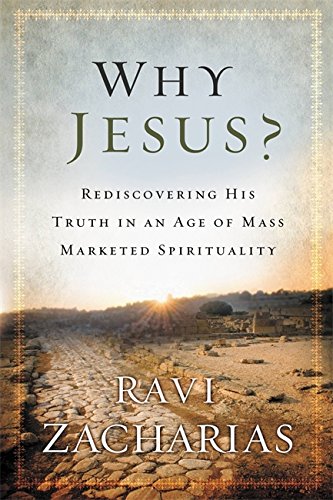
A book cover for Why Jesus?: Rediscovering His Truth in an Age of  Mass Marketed Spirituality; Ravi Zacharias; Christian Books & Bibles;